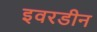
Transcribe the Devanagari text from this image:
इवरडीन